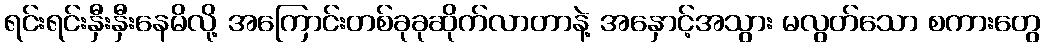
ရင်းရင်းနှီးနှီးနေမိလို့ အကြောင်းတစ်ခုခုဆိုက်လာတာနဲ့ အနှောင့်အသွား မလွတ်သော စကားတွေ